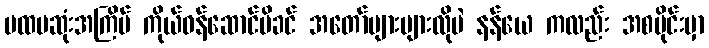
ပထမဆုံးအကြိမ် ကိုယ်ဝန်ဆောင်မိခင် အတော်များများလိုပဲ နန်ယေ ကလည်း အစပိုင်းမှာ